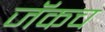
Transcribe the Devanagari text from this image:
जॅकच